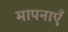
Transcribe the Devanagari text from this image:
मापनाएँ